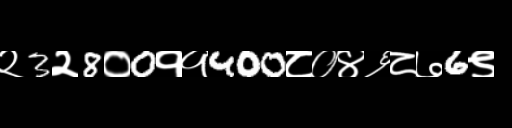
Text: २3२8०0११400८०४६८७6९